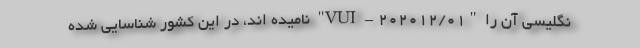
نگلیسی آن را "VUI - ۲۰۲۰۱۲/۰۱" نامیده اند، در این کشور شناسایی شده